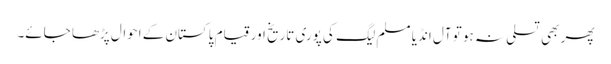
پھر بھی تسلی نہ ہو تو آل انڈیا مسلم لیگ کی پوری تاریخ اور قیام پاکستان کے احوال پڑھا جائے۔